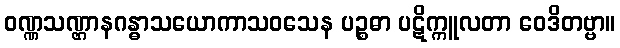
ဝဏ္ဏသဏ္ဌာနဂန္ဓာသယောကာသဝသေန ပဉ္စဓာ ပဋိက္ကူလတာ ဝေဒိတဗ္ဗာ။